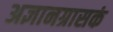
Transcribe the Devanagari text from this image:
अज्ञानग्रासकं